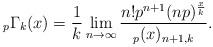
LaTeX: \begin{align*} _{p}\Gamma_{k}(x)=\frac{1}{k}\lim_{n\rightarrow \infty} \dfrac{n!p^{n+1}(np)^{\frac{x}{k}}}{_{p}(x)_{n+1,k}}.\end{align*}